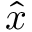
\hat { x }